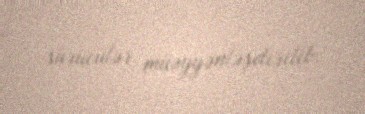
sürücülər müəyyənləşdirilib.